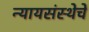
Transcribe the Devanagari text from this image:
न्यायसंस्थेचे